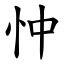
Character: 忡